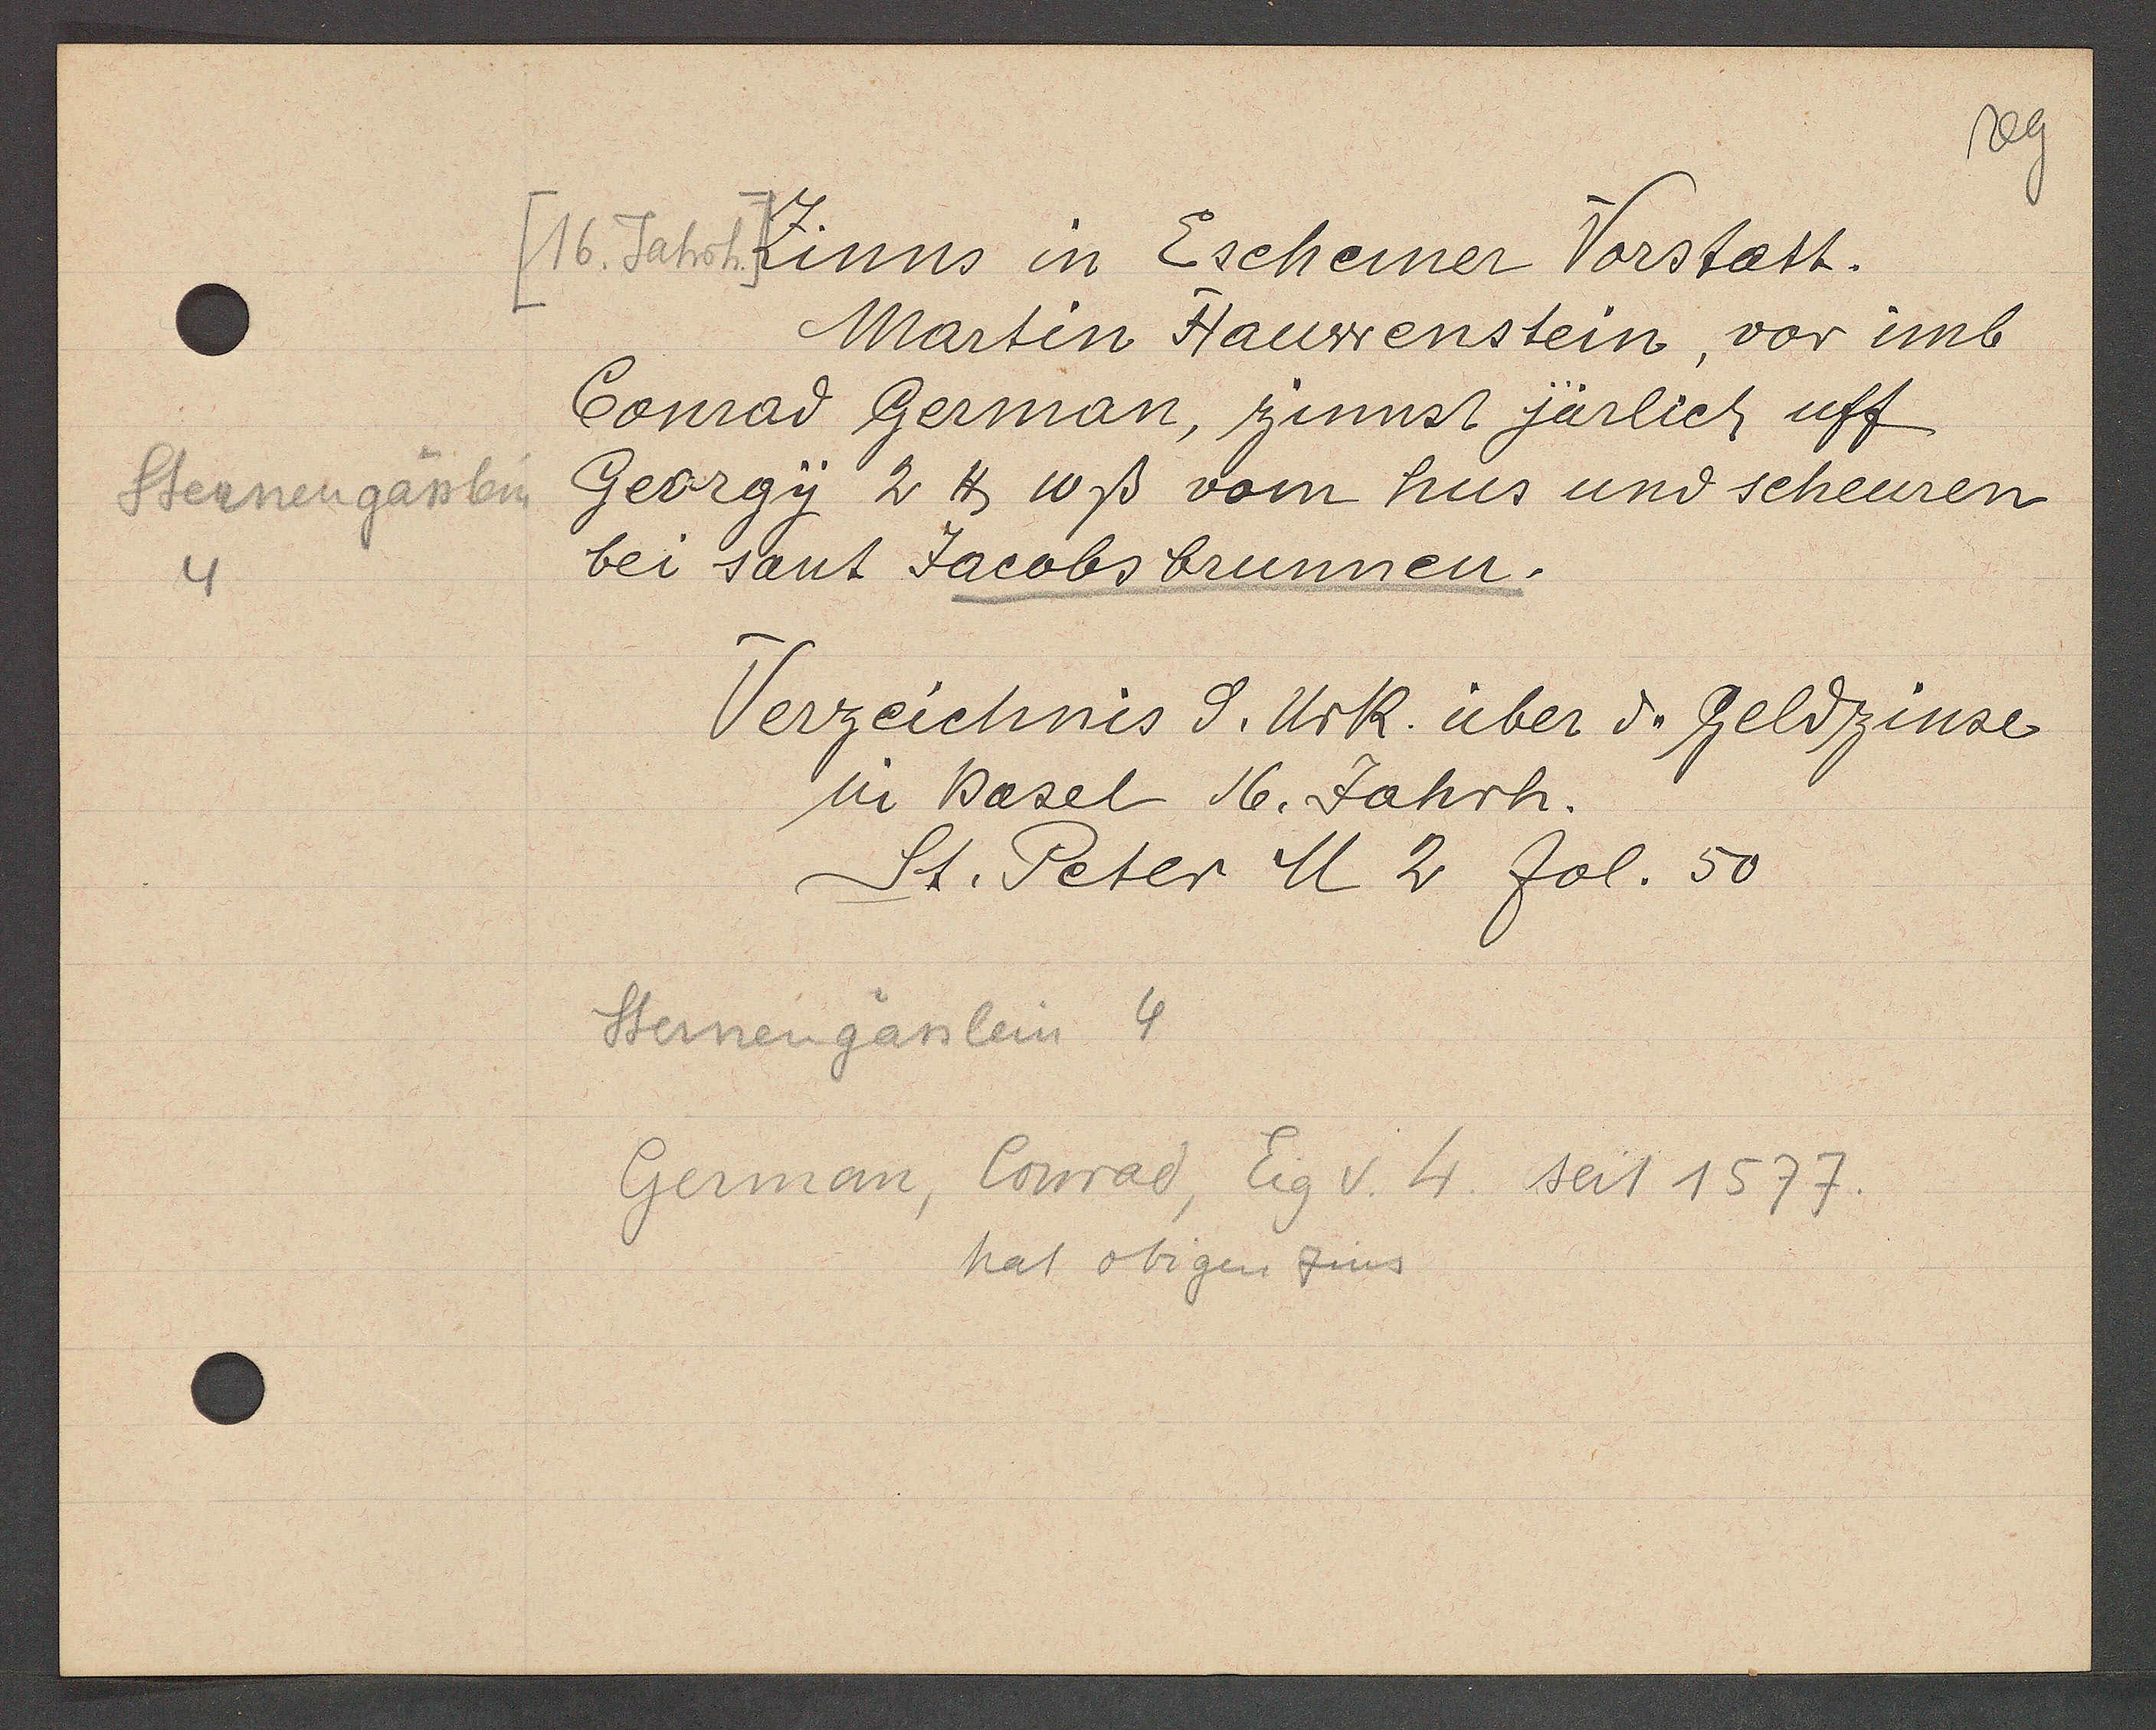
Transcript:
Sternengässlein
4

[16. Jahrh.] Zinns in Eschemer Vorstatt.

Martin Hauwenstein, vor imb
Conrad German, zinnst järlich uff
Georgy 2 ℔ ß vom hus und scheuren
bei sant Jacobs brunnen.

Verzeichnis d. Ukr. über d. Geldzinse
in Basel 16. Jahrh.
St. Peter M 2 fol. 50

Sternengässlein 4
German, Conrad, Eig v. 4 seit 1577.
hat obigen Zins